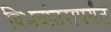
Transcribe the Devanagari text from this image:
विभवांतरापर्यंत